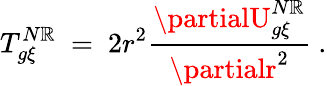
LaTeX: T_{g\xi}^{N\mathbb{R}}\ =\ 2r^{2}\frac{{\partialU_{g\xi}^{N\mathbb{R}}}}{{\partialr^{2}}}\ .